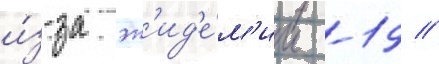
и́з-за эп'ид'е́м'ии -19 //